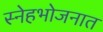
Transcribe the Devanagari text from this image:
स्नेहभोजनात